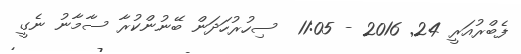
ފެބްރުއަރީ 24